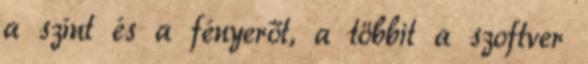
a színt és a fényerőt, a többit a szoftver